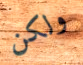
ولكن